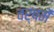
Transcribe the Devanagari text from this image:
वर्षमें